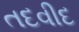
તદવીદ